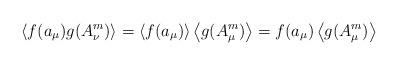
LaTeX: \begin{align*}\left\langle f(a_\mu) g(A^m_\nu) \right\rangle = \left\langle f(a_\mu) \right\rangle \left\langle g(A^m_\mu) \right\rangle = f(a_\mu) \left\langle g(A^m_\mu) \right\rangle \end{align*}